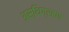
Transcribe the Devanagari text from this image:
अस्थिग्रहण